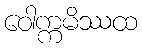
ဝေါက္ကမိဿထ